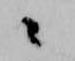
々